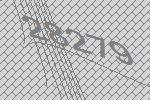
28279